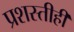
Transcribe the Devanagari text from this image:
प्रशस्तीही